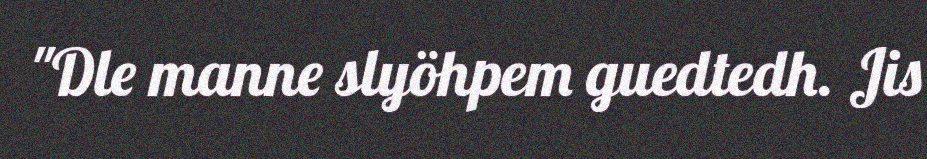
"Dle manne slyöhpem guedtedh. Jis